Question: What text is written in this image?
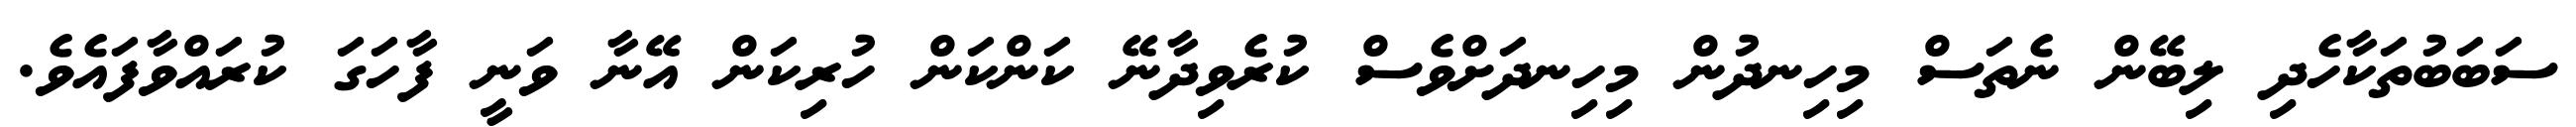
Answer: ސަބަބުތަކާހެދި ލިބޭން ނެތަސް މިހިނދުން މިހިނދަށްވެސް ކުރެވިދާނޭ ކަންކަން ހުރިކަން އޭނާ ވަނީ ފާހަގަ ކުރައްވާފައެވެ.